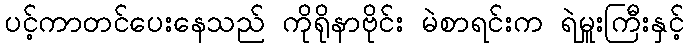
ပင့်ကာတင်ပေးနေသည် ကိုရိုနာဗိုင်း မဲစာရင်းက ရဲမှူးကြီးနှင့်